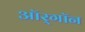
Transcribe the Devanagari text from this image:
ऑर्‌गॉन